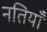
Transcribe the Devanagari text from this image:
नतियाँ